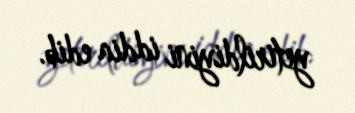
yetirildiyini iddia edib.